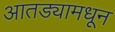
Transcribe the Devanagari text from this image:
आतड्यामधून